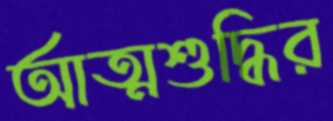
আত্মশুদ্ধির